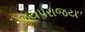
જયપરાજય